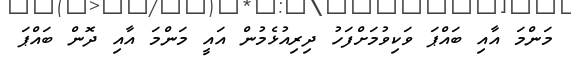
މަންމަ އާއި ބައްޕަ ވަކިވުމަށްފަހު ދިރިއުޅެމުން އައީ މަންމަ އާއި ދޮން ބައްޕަ